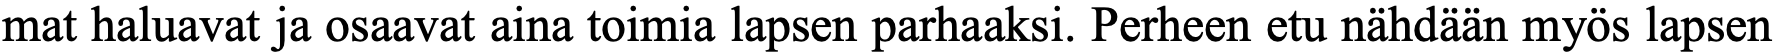
mat haluavat ja osaavat aina toimia lapsen parhaaksi. Perheen etu nähdään myös lapsen